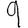
Digit: 9